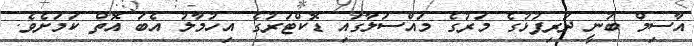
އާސިމް ބުނީ ދަރިފުޅުގެ މަރުގެ މައްސަލާގައި ޑޮކްޓަރުގެ އިހުމާލު އެބަ އޮތް ކަމަށެވެ.